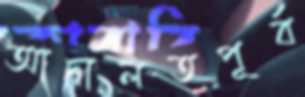
আদালতপূর্ব